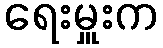
ရေးမှူးက